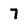
Character: 7